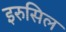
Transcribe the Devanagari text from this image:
इरुसिल